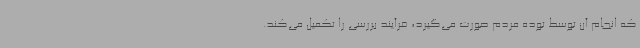
که انجام آن توسط توده مردم صورت می‌گیرد، فرآیند بررسی را تکمیل می‌کند.